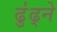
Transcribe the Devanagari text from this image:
ढु॑ढ्ने